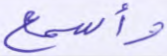
وأسمع